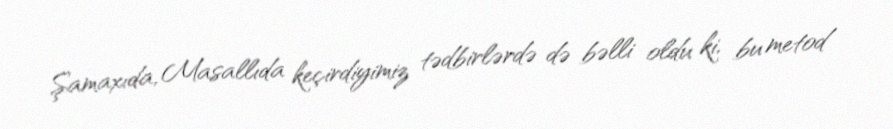
Şamaxıda, Masallıda keçirdiyimiz tədbirlərdə də bəlli oldu ki, bu metod